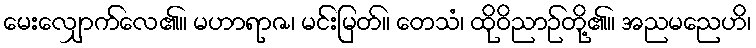
မေးလျှောက်လေ၏။ မဟာရာဇ၊ မင်းမြတ်။ တေသံ၊ ထိုဝိညာဉ်တို့၏။ အညမညေဟိ၊